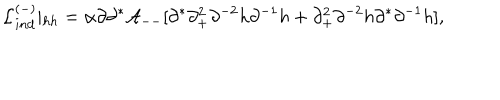
{ \cal L } _ { i n d } ^ { ( - ) } \vert _ { h h } = \alpha \partial \partial ^ { * } { \cal A } _ { -- } [ \partial ^ { * } \partial _ { + } ^ { 2 } \partial ^ { - 2 } h \partial ^ { - 1 } h + \partial _ { + } ^ { 2 } \partial ^ { - 2 } h \partial ^ { * } \partial ^ { - 1 } h ] ,